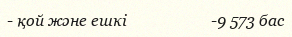
- қой және ешкі                     -9 573 бас